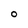
Character: O